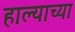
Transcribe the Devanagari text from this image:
हाल्याच्या